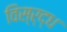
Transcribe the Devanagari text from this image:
विस्र्द्ध